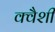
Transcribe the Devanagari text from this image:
क्वैशी